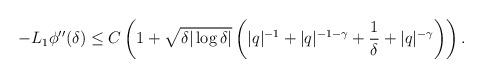
LaTeX: \begin{align*}-L_1 \phi''(\delta) &\le C \left( 1 + \sqrt{\delta|\log\delta|} \left(|q|^{-1} +|q|^{-1-\gamma} +\frac{1} \delta + |q|^{-\gamma} \right) \right).\end{align*}